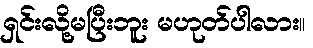
ရှင်းလို့မပြီးဘူး မဟုတ်ပါလား။